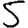
Digit: 5